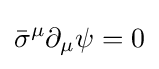
{\bar {\sigma }}^{\mu }\partial _{\mu }\psi =0